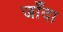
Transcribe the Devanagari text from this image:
जाँदा